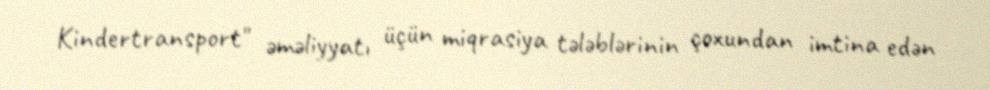
Kindertransport" əməliyyatı üçün miqrasiya tələblərinin çoxundan imtina edən